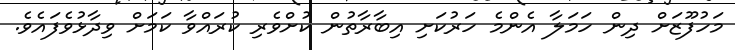
މަހުފޫޒަށް ދިން ހަމަލާ އެންމެ ހަރުކަށި އިބާރާތުން ކުށްވެރި ކުރައްވާ ކަމަށް ވިދާޅުވެފައެވެ.